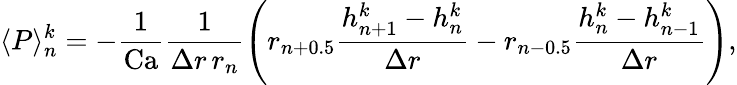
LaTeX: \langle P\rangle_{n}^{k}=-\frac{1}{\mathrm{Ca}}\frac{1}{\Delta r\, r_{n}}\left(r_{n+0.5}\frac{h_{n+1}^{k}-h_{n}^{k}}{\Delta r}-r_{n-0.5}\frac{h_{n}^{k}-h_{n-1}^{k}}{\Delta r}\right),